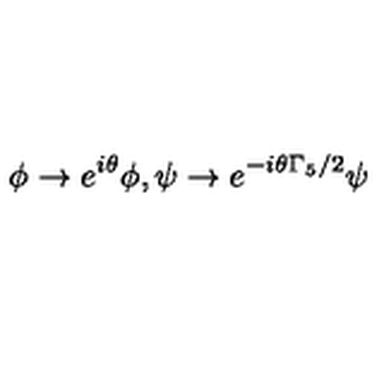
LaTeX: \phi \rightarrow e ^ { i \theta } \phi , \psi \rightarrow e ^ { - i \theta \Gamma _ { 5 } / 2 } \psi